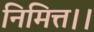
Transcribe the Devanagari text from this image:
निमित्त।।